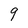
Character: 9